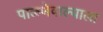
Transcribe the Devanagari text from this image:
पाळणेवाल्याला